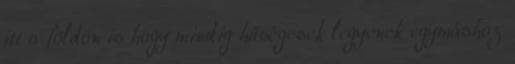
itt a földön is hogy mindig hűségesek legyenek egymáshoz